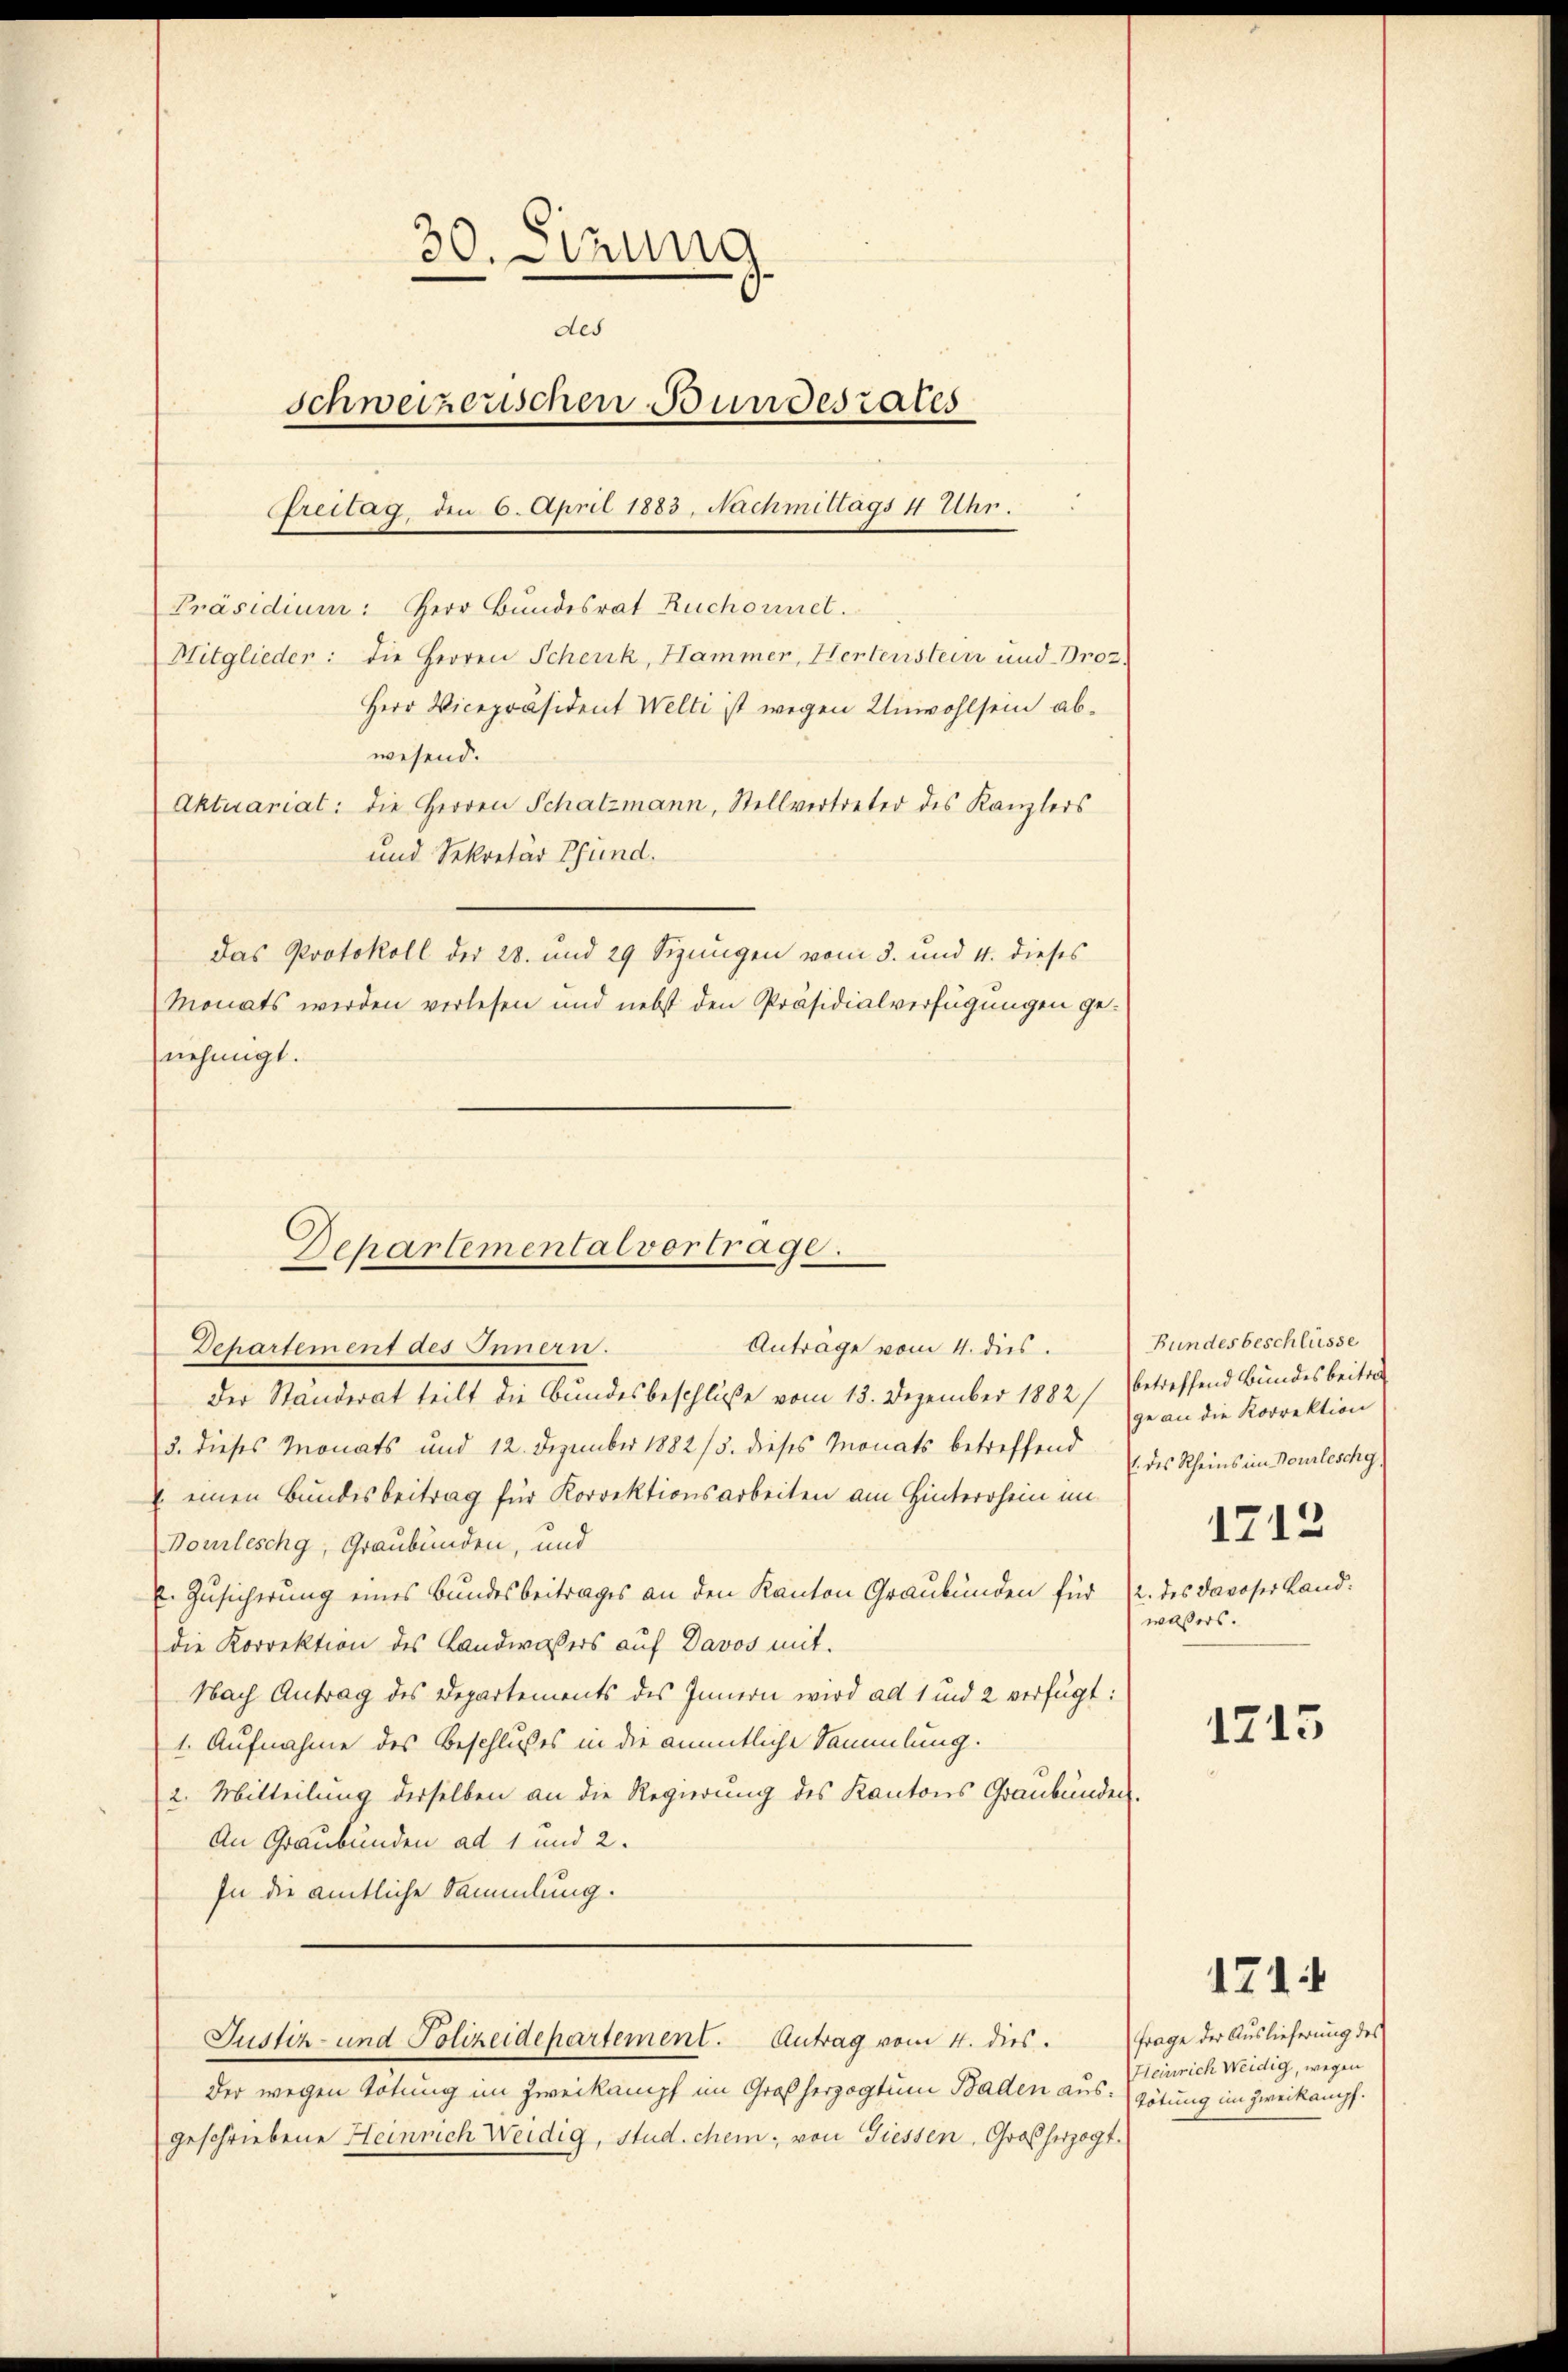
30. Sizung
des
schweizerischen Bundesrates
reitag den 6. April 1883. Nachmittags 1 Uhr.
Präsidium: Herr Bundesrat Ruchornet.
Mitglieder: die Herren Schenk, Hammer, Hertenstein und Broz.
Herr Vicepräsident Welti ist wegen Unwohlsein abwesend.
Aktuariat: die Herren Schatzmann, Stellvertreter des Kanzlers
und Sekretär Pfund.
Das Protokoll der 28. und 29 Sizungen vom 3. und 4. dieses
Monats werden verlesen und nebst den Präsidialverfügungen genehmigt.

Dehartemental vortrage.
Anträge vom 4. dies
Dehartement des Innern.

Der Ständerat teilt die Bundesbeschluße vom 13. Dezember 1882 betreffend Bundesbeitra
3. dieses Monats und 12. Dezember 1882/3. dieses Monats betreffend
 einen Bundesbeitrag für Korrektionsarbeiten am Hinterrhein un
Douleschy, Graubünden, und
E. Zusicherung eines Bundesbeitrages an den Kanton Graubünden für 2. des Davoses Landdie Korrektion des Landwaßers auf Davos mit.
Nach Antrag des Departements des Innern wird ad 1 und 2 verfügt:
1. Aufnahme des Beschlußes in die amtliche Sammlung.
2. Mitteilung derselben an die Regierung des Kantons Graubünden.
An Graubünden ad 1 und 2.
In die amtliche Sammlung.

Justiz- und Polizeidepartement. Antrag vom 4. dies.

der wegen Tötung im Zweikampf im Großherzogtum Baden aus: Tötung im Zweikampfgeschriebene Heinrich Weidig, stud. chem, von Giessen, Großherzogt

Bundesbeschlüsse
ge an die Korrektion
1 des Rheins im Nourleschg

1712

wassers.

1215

1714

Frage der Auslieferung des
Heinrich Weidig, wegen